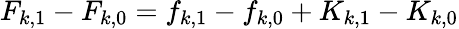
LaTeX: F_{k,1}-F_{k,0}=f_{k,1}-f_{k,0}+K_{k,1}-K_{k,0}